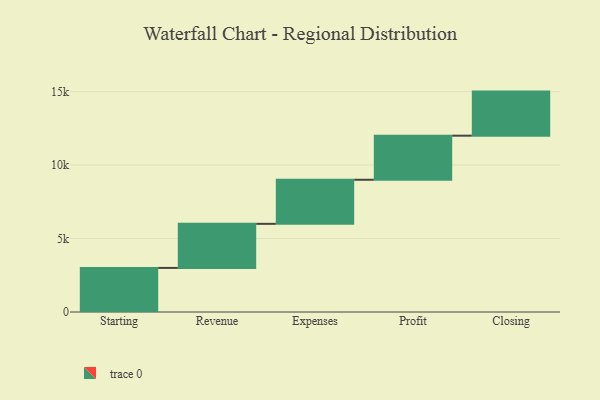
{"axis": {"x": "Step", "y": "Value"}, "legend": [""], "data": [{"x": "Starting", "y": 3000, "type": ""}, {"x": "Revenue", "y": 3000, "type": ""}, {"x": "Expenses", "y": 3000, "type": ""}, {"x": "Profit", "y": 3000, "type": ""}, {"x": "Closing", "y": 3000, "type": ""}]}